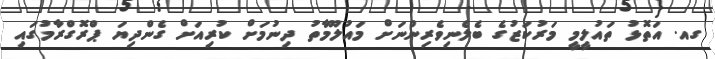
ގއ. އަތޮޅު ތައުލީމީ މަރުކަޒުގެ ބެލެނިވެރިންނަށް މައުލޫމާތު ދިނުމަށް ކުރިއަށް ގެންދިޔަ ޕްރޮގްރާމުގައި